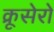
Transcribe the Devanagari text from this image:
क्रूसेरो